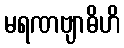
မရဏဗျာဓိဟိ